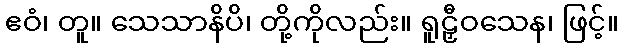
ဧဝံ၊ တူ။ သေသာနိပိ၊ တို့ကိုလည်း။ ရူဠှီဝသေန၊ ဖြင့်။